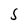
Character: S